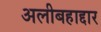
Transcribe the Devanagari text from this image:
अलीबहाद्दार